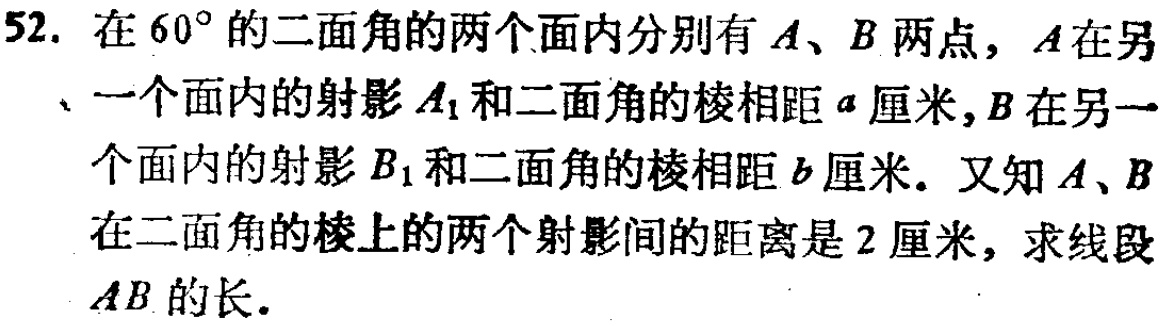
52. 在 \(60^{\circ}\) 的二面角的两个面内分别有 \(A、B\) 两点，\(A\) 在另
、一个面内的射影 \(A_{1}\) 和二面角的棱相距 \(a\) 厘米，\(B\) 在另一
个面内的射影 \(B_{1}\) 和二面角的棱相距 \(b\) 厘米。又知 \(A、B\)
在二面角的棱上的两个射影间的距离是 \(2\) 厘米，求线段
\(AB\) 的长。